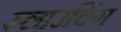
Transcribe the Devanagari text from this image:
स्लाउचिंग